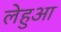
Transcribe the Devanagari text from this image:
लेहुआ